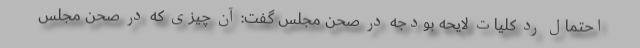
احتمال رد کلیات لایحه بودجه در صحن مجلس گفت: آن چیزی که در صحن مجلس